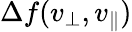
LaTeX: \Delta f(v_{\perp},v_{\parallel})